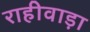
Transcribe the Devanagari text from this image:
राहीवाड़ा